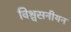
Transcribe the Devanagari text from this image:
विश्वसनीयन